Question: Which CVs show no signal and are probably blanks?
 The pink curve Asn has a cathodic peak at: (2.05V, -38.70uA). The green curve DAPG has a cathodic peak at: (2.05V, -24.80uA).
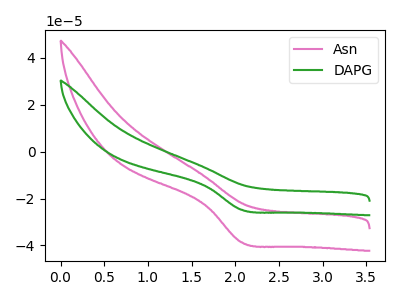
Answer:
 <answer>There are not any CV's on this graph that are likely to be blanks.</answer>
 <eval>none</eval>